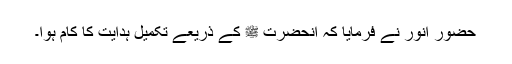
حضورِ انور نے فرمایا کہ آنحضرت ﷺ کے ذریعے تکمیل ہدایت کا کام ہوا۔